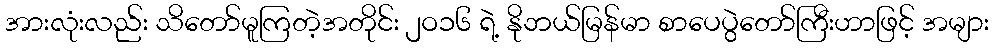
အားလုံးလည်း သိတော်မူကြတဲ့အတိုင်း ၂ဝ၁၆ ရဲ့ နိုဘယ်မြန်မာ စာပေပွဲတော်ကြီးဟာဖြင့် အများ